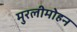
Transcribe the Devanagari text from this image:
मुरलीमोहन